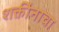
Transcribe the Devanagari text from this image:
शक्तींनाचा